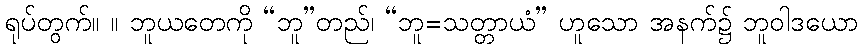
ရုပ်တွက်။ ။ ဘူယတေကို “ဘူ”တည်၊ “ဘူ=သတ္တာယံ” ဟူသော အနက်၌ ဘူဝါဒယော